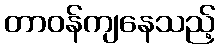
တာဝန်ကျနေသည့်